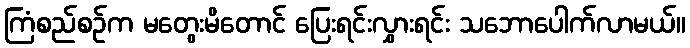
ကြံစည်စဉ်က မတွေးမိတောင် ပြေးရင်းလွှားရင်း သဘောပေါက်လာမယ်။